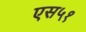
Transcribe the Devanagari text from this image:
एस५१